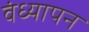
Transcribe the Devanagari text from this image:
वंध्यापन